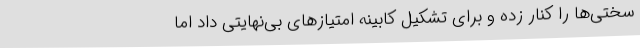
سختی‌ها را کنار زده و برای تشکیل کابینه امتیازهای بی‌نهایتی داد اما